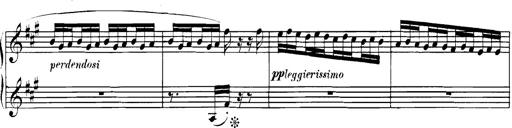
Title: Spinnerlied aus dem Fliegenden HollÃ¤nder
Composer: Franz Liszt